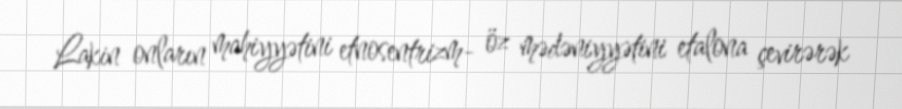
Lakin onların mahiyyətini etnosentrizm- öz mədəniyyətini etalona çevirərək